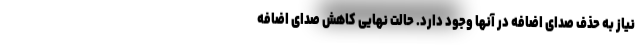
نیاز به حذف صدای اضافه در آنها وجود دارد. حالت نهایی کاهش صدای اضافه